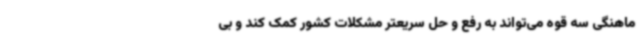
ماهنگی سه قوه می‌تواند به رفع و حل سریعتر مشکلات کشور کمک کند و بی